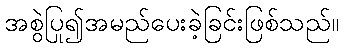
အစွဲပြု၍အမည်ပေးခဲ့ခြင်းဖြစ်သည်။